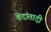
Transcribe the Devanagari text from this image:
वेदांतादी